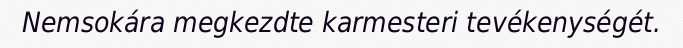
Nemsokára megkezdte karmesteri tevékenységét.